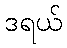
ဒရယ်